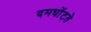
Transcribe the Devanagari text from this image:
दमघोंटते